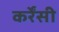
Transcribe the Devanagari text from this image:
कर्रेंसी